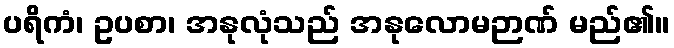
ပရိကံ၊ ဥပစာ၊ အနုလုံသည် အနုလောမဉာဏ် မည်၏။